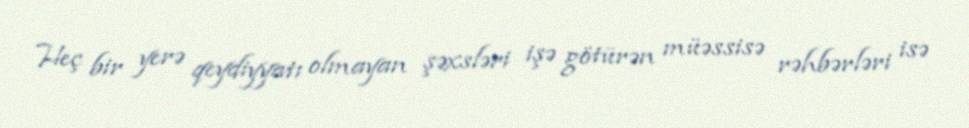
Heç bir yerə qeydiyyatı olmayan şəxsləri işə götürən müəssisə rəhbərləri isə